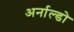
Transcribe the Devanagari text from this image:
अर्नाल्डो